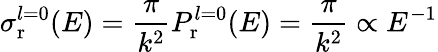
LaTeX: \sigma_{\mathrm{r}}^{l=0}(E)=\frac{\pi}{k^{2}}P_{\mathrm{r}}^{l=0}(E)=\frac{\pi}{k^{2}}\propto E^{-1}